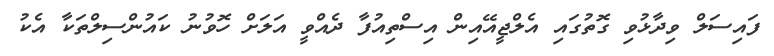
ފައިސަލް ވިދާޅުވި ގޮތުގައި އެލްޖީއޭއިން އިސްތިއުފާ ދެއްވީ އަލަށް ހޮވުނު ކައުންސިލްތަކާ އެކު